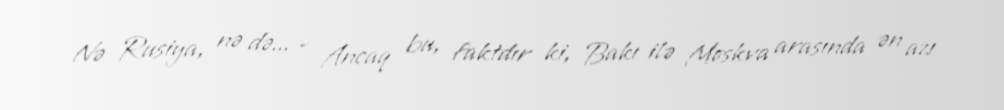
Nə Rusiya, nə də... - Ancaq bu, faktdır ki, Bakı ilə Moskva arasında ən azı